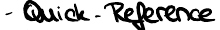
- Quick-Reference